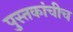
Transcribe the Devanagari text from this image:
पुस्तकांचीच